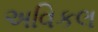
અવિકલ